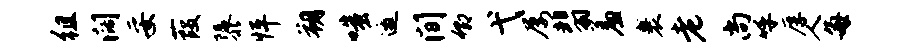
徂阔妥葭隳怦朔嗤邀间卿弋屡翡羞裹老尚呼厚人每